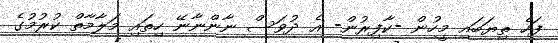
ފަހެ ތިޔަބައި މީހުން -ކާފިރުން- އެ ދުވަސް ނާންނާނޭ ހިތައި މަލާމާތް ކުރުމުގެ